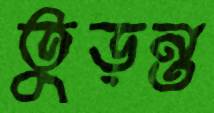
তুড়ন্ত